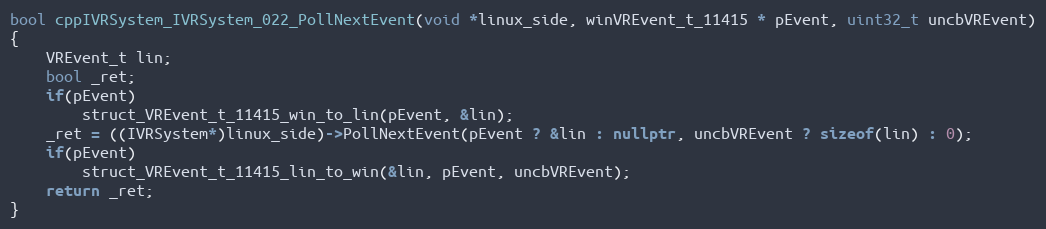
Language: C++
bool cppIVRSystem_IVRSystem_022_PollNextEvent(void *linux_side, winVREvent_t_11415 * pEvent, uint32_t uncbVREvent)
{
    VREvent_t lin;
    bool _ret;
    if(pEvent)
        struct_VREvent_t_11415_win_to_lin(pEvent, &lin);
    _ret = ((IVRSystem*)linux_side)->PollNextEvent(pEvent ? &lin : nullptr, uncbVREvent ? sizeof(lin) : 0);
    if(pEvent)
        struct_VREvent_t_11415_lin_to_win(&lin, pEvent, uncbVREvent);
    return _ret;
}